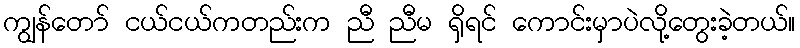
ကျွန်တော် ငယ်ငယ်ကတည်းက ညီ ညီမ ရှိရင် ကောင်းမှာပဲလို့တွေးခဲ့တယ်။